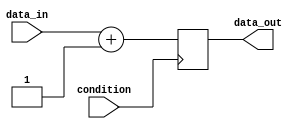
module Loop (
    input wire condition,
    input wire [7:0] data_in,
    output reg [7:0] data_out
);

    reg [7:0] reg_data_out;

    always @ (posedge condition) begin
        if (condition) begin
            // Loop body
            reg_data_out <= data_in + 1;
        end else begin
            // Terminate loop
            reg_data_out <= data_in;
        end
    end

    assign data_out = reg_data_out;

endmodule